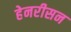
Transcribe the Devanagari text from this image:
हेनरीसन